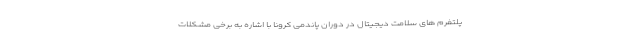
پلتفرم های سلامت دیجیتال در دوران پاندمی کرونا با اشاره به برخی مشکلات